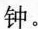
钟。